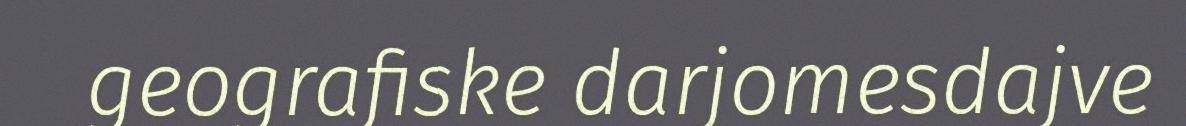
geografiske darjomesdajve